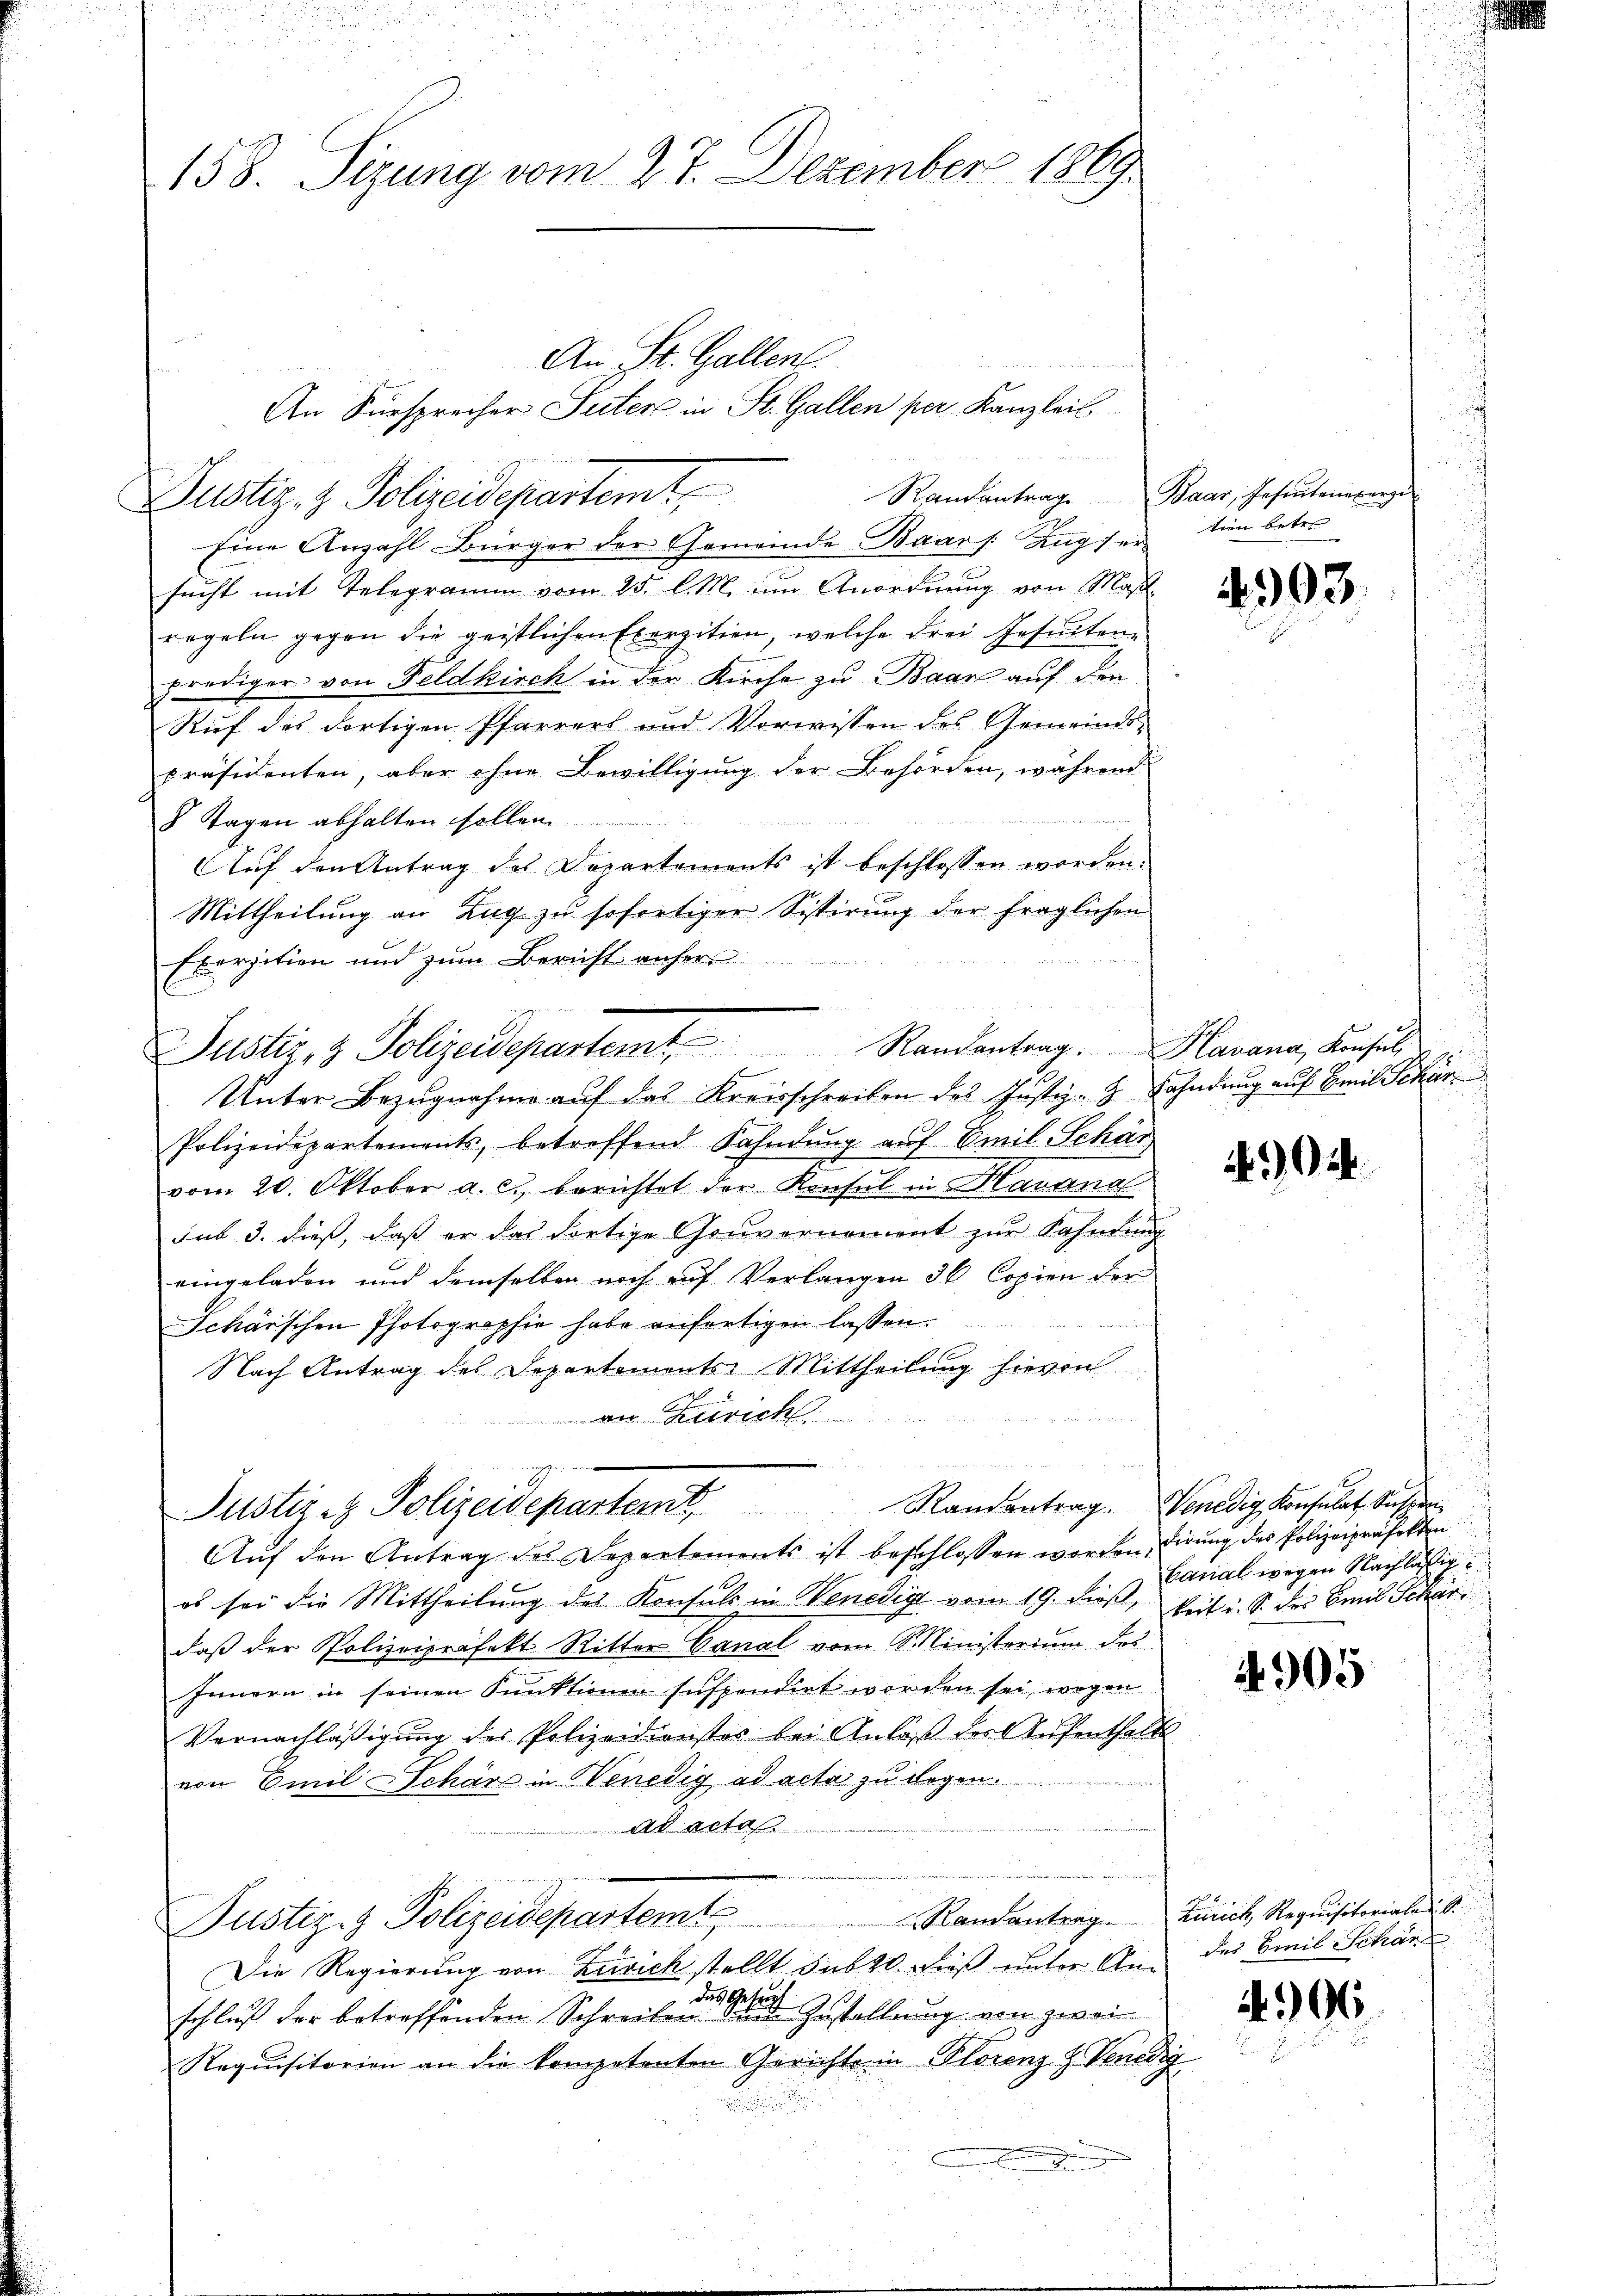
158. Sizung vom 27. Dezember 1869

Justiz & Polizeidepartemt,

Justiz & Polizeidepartem Randantrag. Havana, Konsul
f
Unter Bezugnahme auf das Kreisschreiben des Justiz- & Fahndung auf Emil Schär

An St. Gallen
An Fürsprecher Suter in St. Gallen per Kanzleil
Eine Anzahl Bürger der Gemeinde Baar /: Zug tien betre
sucht mit Telegramm vom 25. l. M. in Anordnung von Maßregeln gegen die geistlichen Exerzitien, welche drei Gesuchen-
prediger von Feldkirch in der Kirche zu Baar auf den
Ruf des dortigen Pfarrers und Vorwissen des Gemeindspräsidenten, aber ohne Bewilligung der Behörden, während
8 Tagen abhalten sollen.
Auf den Antrag des Departements ist beschlossen worden.
Mittheilung an Zug zu sofortiger Sistirung der fraglichen
Exerzition und zum Bericht anher
Polizeidepartements, betreffend Kahndŭng aŭf Emil Schär
vom 20. Oktober a. c., berichtet der Konsul in Havanal
sub 3. dieß, daß er das dortige Gouvernement zur Fahndung
eingeladen und demselben noch auf Verlangen 36 Copien der
Schärschen Photographie habe anfertigen lassen.
Nach Antrag des Departements-Mittheilung hievon
an Zürich
Justiz- & Polizeidepartem Randantrag. Venedig Konsulat, Suspen
Auf den Antrag des Departements ist beschlossen worden dirung des Polizeipräfekten
os sei die Mittheilung des Konsuls in Venedigt vom 19. dieß, beit i. S. des Emil Schar
daß der Polizeipräfekt Ritter Canal vom Ministerium das
Innern in seinen Funktionen suspendirt werden sei, wegen
Vernachläßigung des Polizeidienster bei Anlaß des Aufenthalts
von Emil Schäre in Venedig ad acta zu begen.
ad acta
u
Justiz- & Polizeidepartem
Die Regierung von Zürich stellt sub 20. dieß unter Andas Gese
schluß der betreffenden Schreiben die Zustellung von zwei
Requisitorien an die kompetenten Gerichte in Plorenz Z Venedig

Randantrage Baar, Gehentenverze

4903.

Och

Banal wegen Nachlässig

4905

Randantrag Zürich, Requisitorialen S.
des Emil Schan

496